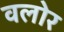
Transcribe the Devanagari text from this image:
वलोर